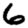
Digit: 6